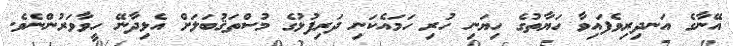
އޭނާގެ އަނދިރިވެފައިވާ ހަޔާތުގެ ހިޔަނި ހުރި ހަމައެކަނި ދަރިފުޅުގެ މުސްތަޤުބަލަށް އެޅިދާނޭ ހީވާވަރުންނެވެ.